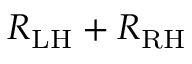
R _ { \mathrm { L H } } + R _ { \mathrm { R H } }